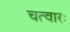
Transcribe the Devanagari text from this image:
चत्वारः